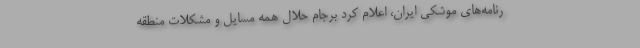
رنامه‌های موشکی ایران، اعلام کرد برجام حلال همه مسایل و مشکلات منطقه